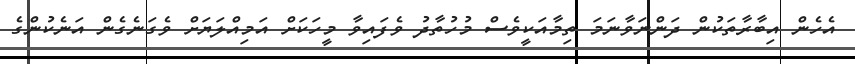
އެހެން އިބާރާތަކުން ދަންނަވާނަމަ ތިމާއަކީވެސް މުހުތާދު ވެފައިވާ މީހަކަށް އަމިއްލަޔަށް ވެގަނެގެން އަނެކުންގެ